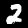
Label: 2